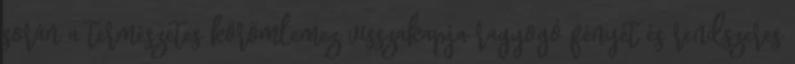
során a természetes körömlemez visszakapja ragyogó fényét és rendszeres